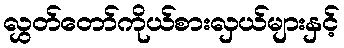
လွှတ်တော်ကိုယ်စားလှယ်များနှင့်